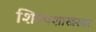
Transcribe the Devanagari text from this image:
शिल्पशास्त्रसार